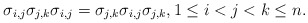
\begin{gather*}\sigma_{i,j} \sigma_{j,k} \sigma_{i,j}=\sigma_{j,k} \sigma_{i,j} \sigma_{j,k}, 1 \le i < j <k \le n.\end{gather*}